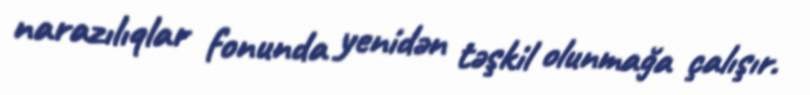
narazılıqlar fonunda yenidən təşkil olunmağa çalışır.